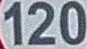
120